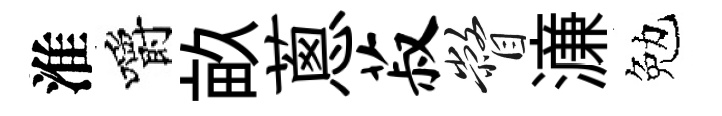
淮嚼畝蔥菽瞥濓勉